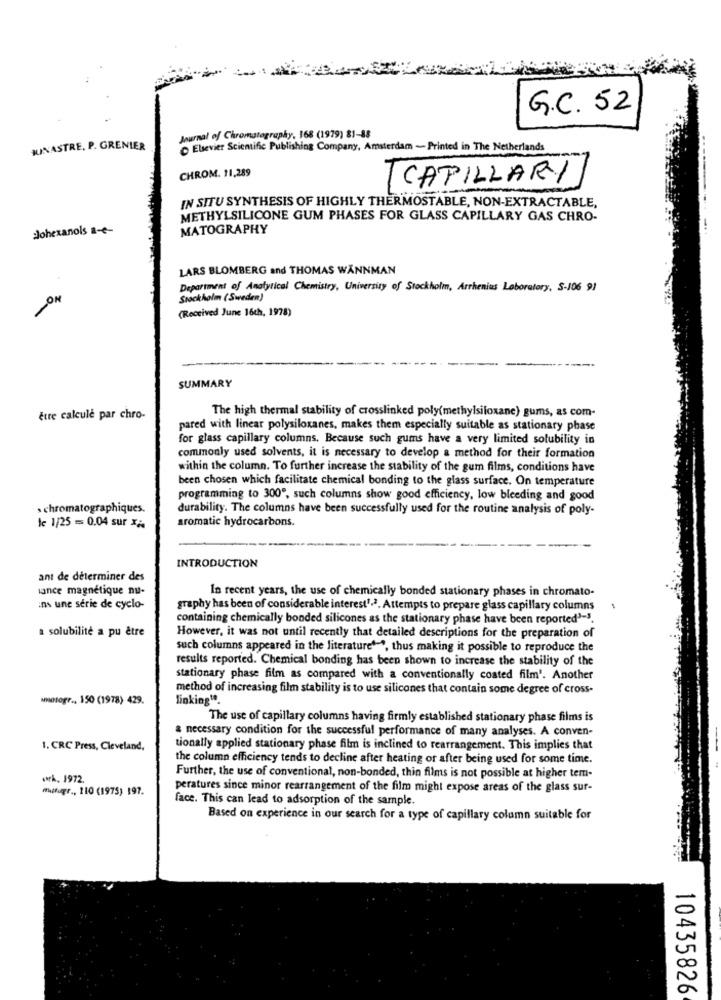
G.C. 52
Journal of Chromatography, 168 (1979) 81-88
KINASTRE, P. GRENIER
Elsevier Scientific Publishing Company, Amsterdam ~ Printed in The Netherlands
CHROM. 11,289
CAPILLARY
IN SITU SYNTHESIS OF HIGHLY THERMOSTABLE, NON-EXTRACTABLE,
METHYLSILICONE GUM PHASES FOR GLASS CAPILLARY GAS CHRO-
dohexanols a-e-
MATOGRAPHY
LARS BLOMBERG and THOMAS WANNMAN
Department of Analytical Chemistry, University of Stockholm, Arrhenius Laboratory, S-106 91
ON
Stockholm (Sweden)
(Received June 16th, 1978)
SUMMARY
The high thermal stability of crosslinked poly(methylsiloxane) gums, as com-
être calcule par chro-
pared with linear polysiloxanes, makes them especially suitable as stationary phase
for glass capillary columns. Because such gums have a very limited solubility in
commonly used solvents, it is necessary to develop a method for their formation
within the column. To further increase the stability of the gum films, conditions have
been chosen which facilitate chemical bonding to the glass surface. On temperature
programming to 300", such columns show good efficiency, low bleeding and good
chromatographiques.
durability. The columns have been successfully used for the routine analysis of poly-
aromatic hydrocarbons.
le 1/25 = 0.04 sur xi
INTRODUCTION
ant de déterminer des
lance magnétique nu-
In recent years, the use of chemically bonded stationary phases in chromato-
ins une serie de cyclo-
graphy has been of considerable interest1.2. Attempts to prepare glass capillary columns
1
containing chemically bonded silicones as the stationary phase have been reported'-3.
a solubilité a pu être
However, it was not until recently that detailed descriptions for the preparation of
such columns appeared in the literature"-", thus making it possible to reproduce the
results reported. Chemical bonding has been shown to increase the stability of the
stationary phase film as compared with a conventionally coated film'. Another
method of increasing film stability is to use silicones that contain some degree of cross-
Nietogr ., 150 (1978) 429.
linking".
The use of capillary columns having firmly established stationary phase films is
& necessary condition for the successful performance of many analyses. A conven-
1. CRC Press, Cleveland,
tionally applied stationary phase film is inclined to rearrangement. This implies that
the column efficiency tends to decline after heating or after being used for some time.
Ark, 1972.
Further, the use of conventional, non-bonded, thin films is not possible at higher tem-
#hetugr ., 110 (1975) 197.
peratures since minor rearrangement of the film might expose areas of the glass sur-
face. This can lead to adsorption of the sample.
Based on experience in our search for a type of capillary column suitable for
10435826